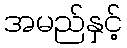
အမည်နှင့်